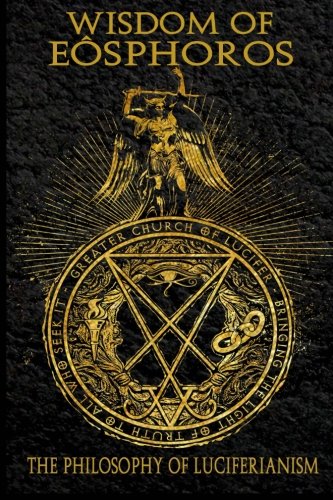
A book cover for Wisdom of Eosphoros: The Luciferian Philosophy; Michael W. Ford; Religion & Spirituality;